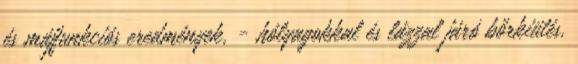
és májfunkciós eredmények, - hólyagokkal és lázzal járó bőrkiütés.